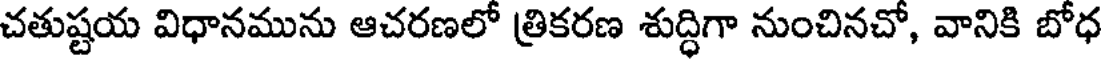
చతుష్టయ విధానమును ఆచరణలో త్రికరణ శుద్ధిగా నుంచినచో, వానికి బోధ